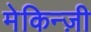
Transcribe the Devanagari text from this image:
मेकिन्ज़ी